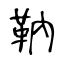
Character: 靹